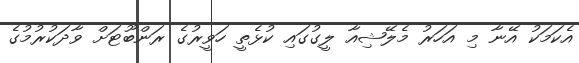
އެކަމަކު އޭނާ މި އަހަރު މެލޭޝިއާ ލީގުގައި ކުޅެތީ ހަވީރުގެ ރަންބޫޓަށް ވާދަކުރުމުގެ